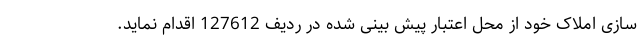
سازی املاک خود از محل اعتبار پیش بینی شده در ردیف 127612 اقدام نماید.